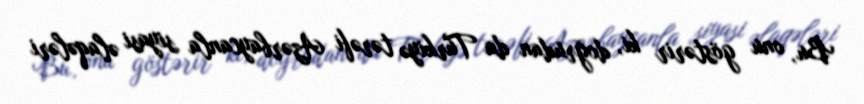
Bu, onu göstərir ki, doğrudan da Türkiyə tərəfi Azərbaycanla siyasi əlaqələri